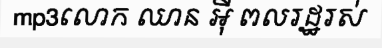
mp3លោក ឈាន អ៊ី ពលរដ្ឋរស់